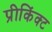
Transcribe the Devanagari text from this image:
प्रीकिंक्ट